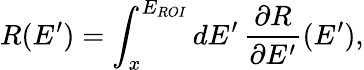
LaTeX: R(E^{\prime})=\int_{x}^{E_{ROI}}\mathop{dE^{\prime}}\frac{\partial R}{\partial E^{\prime}}(E^{\prime}),